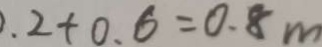
. 2 + 0 . 6 = 0 . 8 m